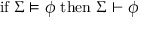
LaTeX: { \mathrm { i f ~ } } \Sigma \models \phi { \mathrm { ~ t h e n ~ } } \Sigma \vdash \phi